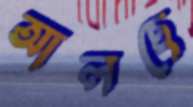
আলছে